Physiological action of certain drugs in tablet form - Number 52A
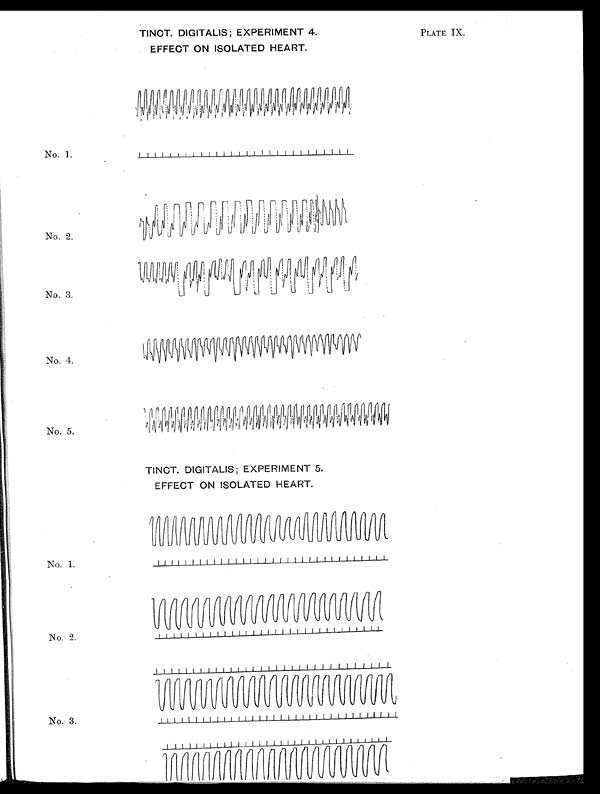
TINCT. DIGITALIS; EXPERIMENT 4.
EFFECT ON ISOLATED HEART.
PLATE IX.
No. 1.
No. 2.
No. 3.
No. 4.
No. 5.
TINCT. DIGITALIS; EXPERIMENT 5.
EFFECT ON ISOLATED HEART.
No. 1.
No. 2.
No. 3.